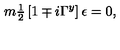
m { \textstyle \frac { 1 } { 2 } } \left[ 1 \mp i \Gamma ^ { y } \right] \epsilon = 0 ,